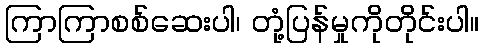
ကြာကြာစစ်ဆေးပါ၊ တုံ့ပြန်မှုကိုတိုင်းပါ။